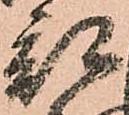
部